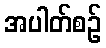
အပါတ်စဉ်